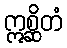
ဣစ္ဆိတံ